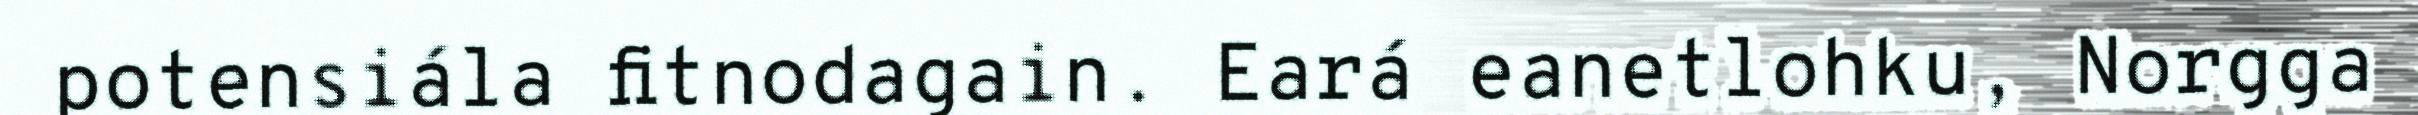
potensiála fitnodagain. Eará eanetlohku, Norgga